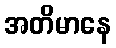
အတိမာနေ